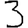
Digit: 3